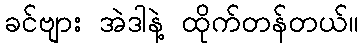
ခင်ဗျား အဲဒါနဲ့ ထိုက်တန်တယ်။